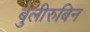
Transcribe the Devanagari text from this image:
बुलीरुबिन